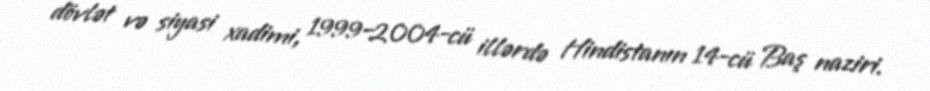
dövlət və siyasi xadimi, 1999–2004-cü illərdə Hindistanın 14-cü Baş naziri.